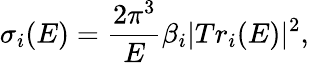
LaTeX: \sigma_{i}(E)=\frac{2\pi^{3}}{E}\beta_{i}|Tr_{i}(E)|^{2},